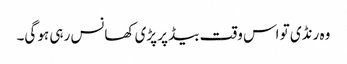
وہ رنڈی تو اس وقت بیڈ پر پڑی کھانس رہی ہو گی۔